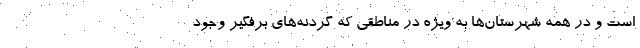
است و در همه شهرستان‌ها به ویژه در مناطقی که گردنه‌های برفگیر وجود